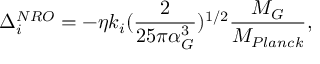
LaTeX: \Delta _ { i } ^ { N R O } = - \eta k _ { i } ( \frac { 2 } { 2 5 \pi \alpha _ { G } ^ { 3 } } ) ^ { 1 / 2 } \frac { M _ { G } } { M _ { P l a n c k } } ,